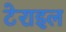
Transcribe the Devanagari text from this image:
टेराइल